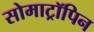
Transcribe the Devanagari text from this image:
सोमाट्रॉपिन